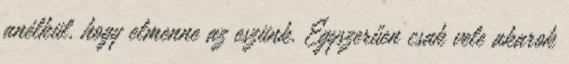
anélkül, hogy elmenne az eszünk. Egyszerűen csak vele akarok